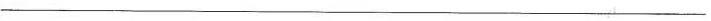
___